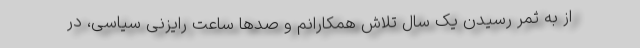
از به ثمر رسیدن یک سال تلاش همکارانم و صدها ساعت رایزنی سیاسی، در